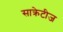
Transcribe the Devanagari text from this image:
साक्रेटीज